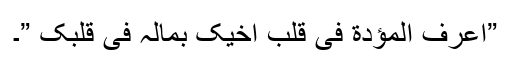
”اعرف المؤدّة فی قلب اخیک بمالہ فی قلبک ”۔